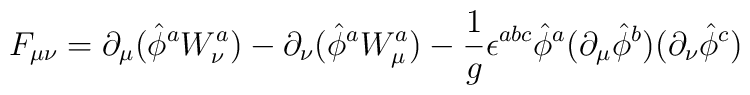
F_{\mu \nu} = \partial _{\mu} (\hat{ \phi} ^a W^a _{\nu}) -\partial _{\nu} (\hat{ \phi} ^a W^a _{\mu}) - {1 \over g}\epsilon ^{abc} \hat{\phi } ^a ( \partial _{\mu} \hat{\phi } ^b )( \partial _{\nu} \hat{\phi } ^c )